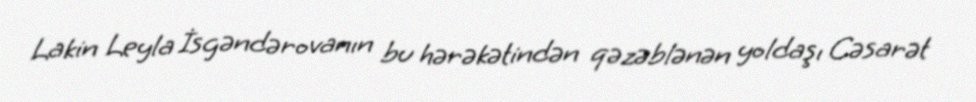
Lakin Leyla İsgəndərovanın bu hərəkətindən qəzəblənən yoldaşı Cəsarət